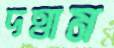
দত্তাম